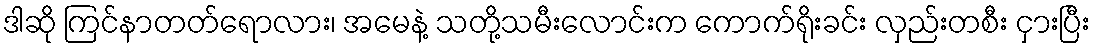
ဒါဆို ကြင်နာတတ်ရောလား၊ အမေနဲ့ သတို့သမီးလောင်းက ကောက်ရိုးခင်း လှည်းတစီး ငှားပြီး